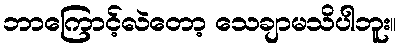
ဘာကြောင့်လဲတော့ သေချာမသိပါဘူး။